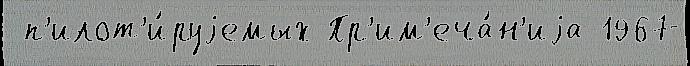
 п'илот'и́руjемых Пр'им'еча́н'иjа 1967